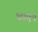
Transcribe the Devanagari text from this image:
धम्मच